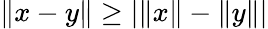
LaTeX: \| x-y\| \geq|\| x\| -\| y\| |